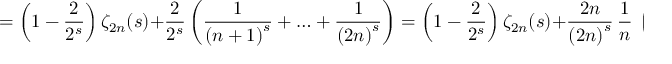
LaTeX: = \left( 1 - { \frac { 2 } { 2 ^ { s } } } \right) \zeta _ { 2 n } ( s ) + { \frac { 2 } { 2 ^ { s } } } \left( { \frac { 1 } { { ( n + 1 ) } ^ { s } } } + \ldots + { \frac { 1 } { { ( 2 n ) } ^ { s } } } \right) = \left( 1 - { \frac { 2 } { 2 ^ { s } } } \right) \zeta _ { 2 n } ( s ) + { \frac { 2 n } { { ( 2 n ) } ^ { s } } } \, { \frac { 1 } { n } } \, \left( { \frac { 1 } { { ( 1 + 1 / n ) } ^ { s } } } + \ldots + { \frac { 1 } { { ( 1 + n / n ) } ^ { s } } } \right) .